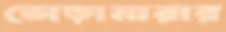
ভোড়ামারার